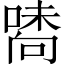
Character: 𠽘